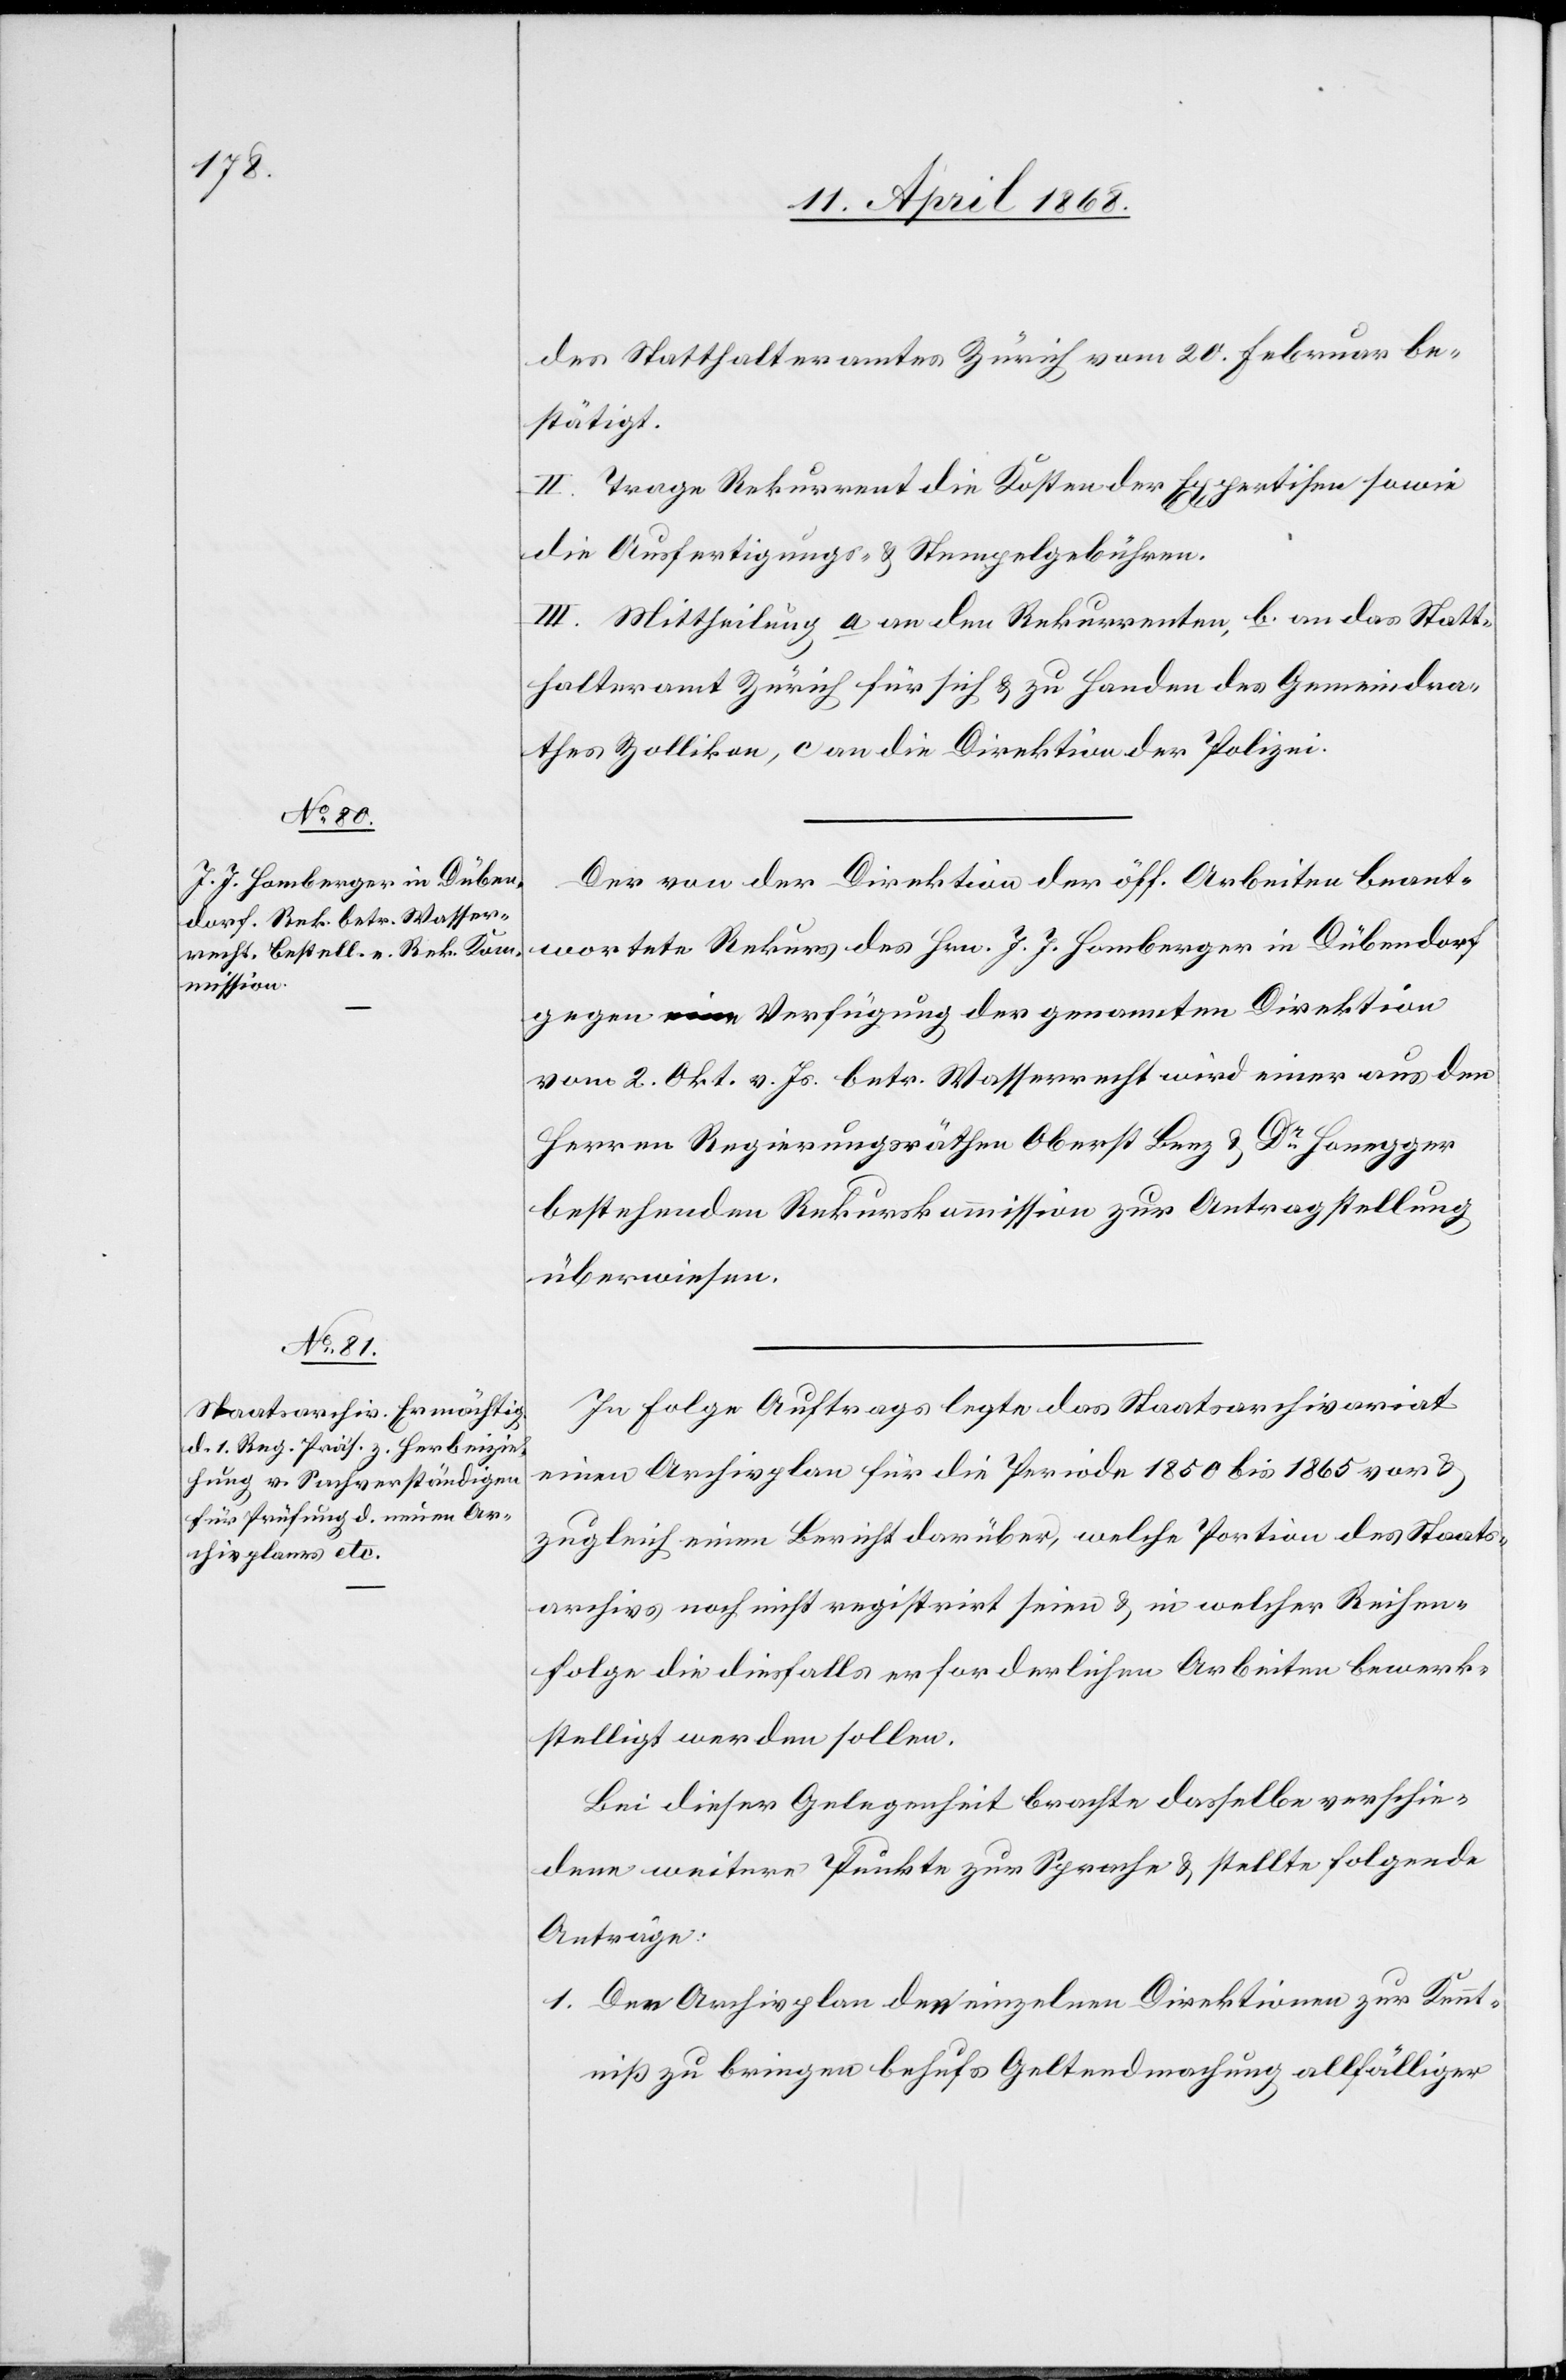
des Statthalteramtes Zürich vom 20. Februar be¬
stätigt.
II. Trage Rekurrent die Kosten der Expertisen sowie
die Ausfertigungs- & Stempelgebühren.
III. Mittheilung a an den Rekurrenten, b. an das Statt¬
halteramt Zürich für sich & zu Handen des Gemeindra¬
thes Zollikon, c an die Direktion der Polizei.
Der von der Direktion der öff. Arbeiten beant¬
wortete Rekurs des Hrn. J. J. Homberger in Dübendorf
gegen eine Verfügung der genannten Direktion
vom 2. Okt. v. Js. betr. Wasserrecht wird einer aus den
Herren Regierungsräthen Oberst Benz & Dr. Honegger
bestehenden Rekurskommission zur Antragstellung
überwiesen.
In Folge Auftrags legte das Staatsarchivariat
einen Archivplan für die Periode 1850 bis 1865 vor &
zugleich einen Bericht darüber, welche Portion des Staats¬
archivs noch nicht registrirt seien [sic!] & in welcher Reihen¬
folge die diesfalls erforderlichen Arbeiten bewerk¬
stelligt werden sollen.
Bei dieser Gelegenheit brachte dasselbe verschie¬
dene weitere Punkte zur Sprache & stellte folgende
Anträge:
Der Archivplan den einzelnen Direktionen zur Kennt¬
niß zu bringen behufs Geltendmachung allfälliger